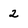
Character: 2